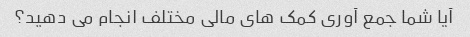
آیا شما جمع آوری کمک های مالی مختلف انجام می دهید؟